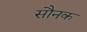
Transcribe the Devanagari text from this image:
सौनक